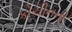
કોચીનની